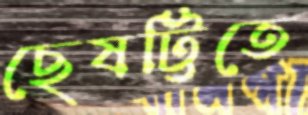
ছেষট্টিতে